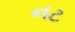
નટ